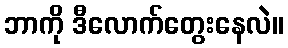
ဘာကို ဒီလောက်တွေးနေလဲ။